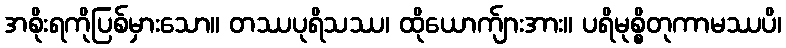
အစိုးရကိုပြစ်မှားသော။ တဿပုရိသဿ၊ ထိုယောက်ျားအား။ ပရိမုစ္စိတုကာမဿပိ၊